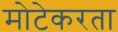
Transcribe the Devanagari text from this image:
मोटेकरता